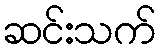
ဆင်းသက်